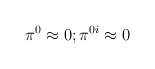
\begin{align*}\pi^0 \approx 0; \pi^{0i} \approx 0\end{align*}